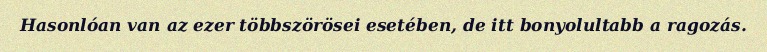
Hasonlóan van az ezer többszörösei esetében, de itt bonyolultabb a ragozás.